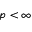
p < \infty